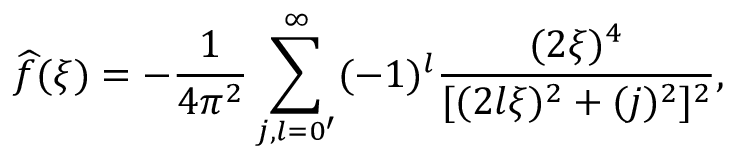
\widehat { f } ( \xi ) = - \frac { 1 } { 4 \pi ^ { 2 } } \sum _ { j , l = 0 ^ { \prime } } ^ { \infty } ( - 1 ) ^ { l } \frac { ( 2 \xi ) ^ { 4 } } { [ ( 2 l \xi ) ^ { 2 } + ( j ) ^ { 2 } ] ^ { 2 } } ,